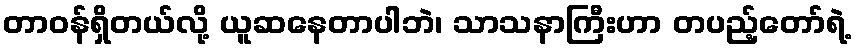
တာဝန်ရှိတယ်လို့ ယူဆနေတာပါဘဲ၊ သာသနာကြီးဟာ တပည့်တော်ရဲ့